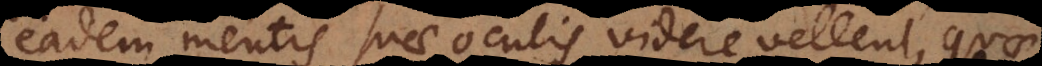
eadem mentis prae oculis videre vellent, quae